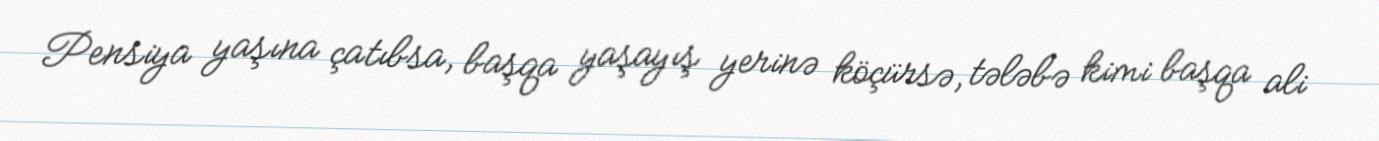
Pensiya yaşına çatıbsa, başqa yaşayış yerinə köçürsə, tələbə kimi başqa ali